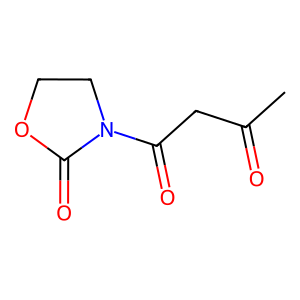
SMILES: CC(=O)CC(=O)N1CCOC1=O
Inhibits HIV replication: No